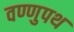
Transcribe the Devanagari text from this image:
वण्णुपथ